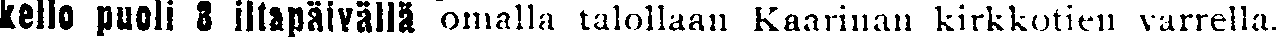
kello puoli 3 iltapäivällä omalla talollaan Kaarinan kirkkotien varrella.